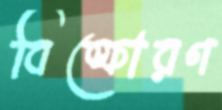
বিস্ফোরণ